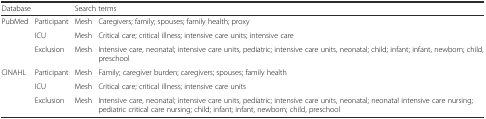
| <COLSPAN=2> Database | <COLSPAN=2> Search terms |
 | --- | --- | --- | --- |
 | <ROWSPAN=3> PubMed | Participant | Mesh | Caregivers; family; spouses; family health; proxy |
 | ICU | Mesh | Critical care; critical illness; intensive care units; intensive care |
 | Exclusion | Mesh | Intensive care, neonatal; intensive care units, pediatric; intensive care units, neonatal; child; infant; infant, newborn; child, preschool |
 | <ROWSPAN=3> CINAHL | Participant | Mesh | Family; caregiver burden; caregivers; spouses; family health |
 | ICU | Mesh | Critical care; critical illness; intensive care units |
 | Exclusion | Mesh | Intensive care, neonatal; intensive care units, pediatric; intensive care units, neonatal; neonatal intensive care nursing; pediatric critical care nursing; child; infant; infant, newborn; child, preschool |